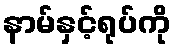
နာမ်နှင့်ရုပ်ကို